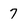
Character: 7